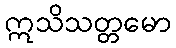
ဣသိသတ္တမော